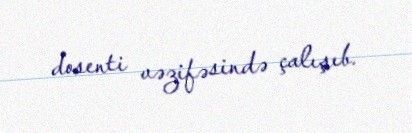
dosenti vəzifəsində çalışıb.